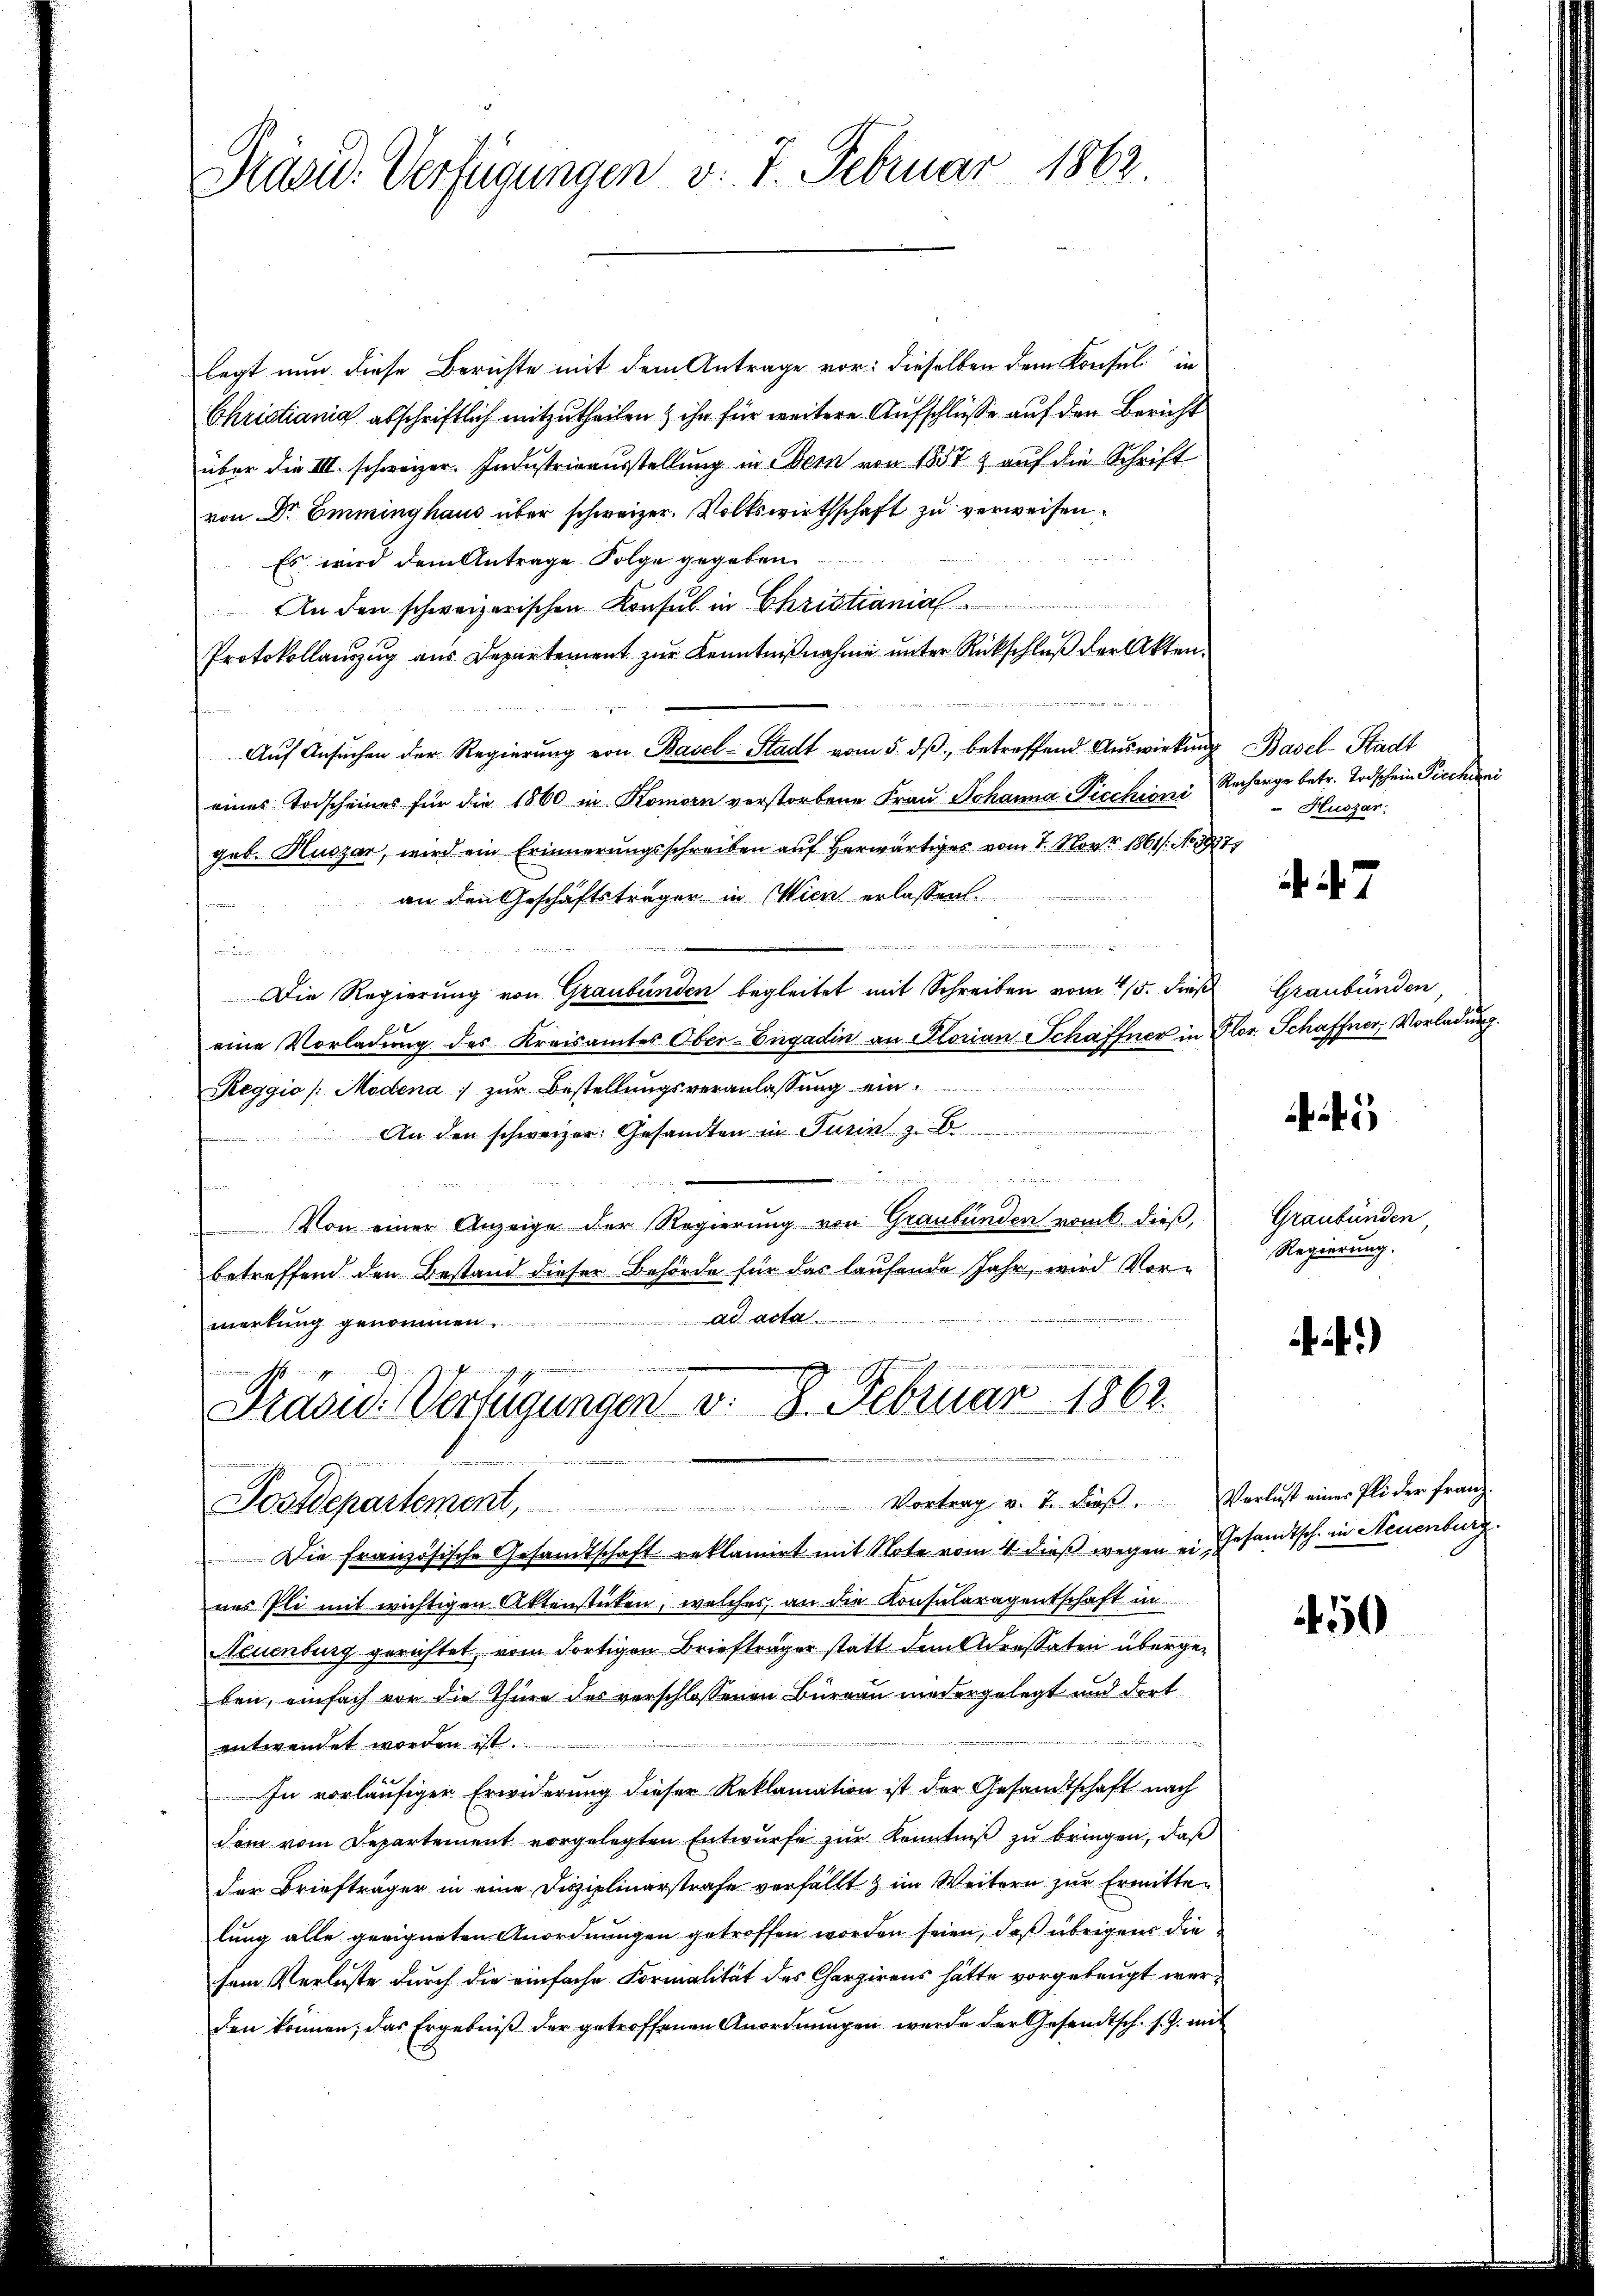
Prasid. Verfügungen v. 7. Februar 1862.

legt nun diese Berichte mit dem Antrage vor: dieselben dem Konsul in
Christiania abschriftlich mitzutheilen ihn für weitere Aufschlüsse auf den Bericht
über die III. schweizer. Industrieausstellung in Bern von 1857 auf die Schrift
von Dr Emminghaus über schweizer. Volkswirthschaft zu verweisen.
Es wird dem Antrage Folge gegeben.
An den schweizerischen Konsul in Christianial
Protokollauszug aus Departement zur Kenntnißnahme unter Rückschluß der Akten.
Aŭf Ansŭchen der Regierŭng von Basel-Stadt vom 5. dβ betreffend Auswirkung Basel-Stadt
eines Todscheines für die 1860 in Römern verstorbene Fraŭ Johanna Picchini Recharge betr. Todschein Piechini
geb. Huszar, wird ein Erinnerungsschreiben auf herwärtiges vom 1. Nov. 1861. No. 1817.
an den Geschäftsträger in Wien erlassen.
u
n
Die Regierung von Graubünden begleitet mit Schreiben vom 4/5. dieß Graubünden,
eine Vorladung des Kreisamtes Ober-Engadin an Florian Schaffner in Glor. Schaffner, Vorladung.
Reggio /: Modena zur Bestellungsveranlassung ein¬
An den schweizer Gesandten in Turin z. B.
 man sing hat durch der aus eing
Von einer Anzeige der Regierung von Graubünden vom 6. dieß,
betreffend den Bestand dieser Behörde für das laufende Jahr, wird Vor-
ad acta
merkung genommen
Präsid. Verfügungen v. 8. Februar 1862.
t
Vortrag v. J. dieβ. Verlust eines Pli der Franz-
Postdepartement,
Die französische Gesandtschaft reklamirt mit Note vom 4. dieβ wegen ein Gesandtsch. in Neuenburg
nes Pli mit wichtigen Aktenstücken, welches an die Konsularagentschaft in
Neuenburg gerichtet, vom dortigen Briefträger statt dem Adressaten übergeben, einfach vor die Thüre des verschlossenen Büreau niedergelegt und dort
entwendet worden ist ..........................
In vorläufiger Erwiderung dieser Reklamation ist der Gesandtschaft nach
dem vom Departement vorgelegten Entwurfe zur Kenntniß zu bringen, daß
der Briefträger in eine Disziplinarstrafe verfällt & im Weitern zur Ermittelung alle geeigneten Anordnungen getroffen worden seien, daß übrigen die
sem Verluste durch die einfache Formalität des Chargirens hätte vorgebeugt werden können; das Ergebniß der getroffenen Anordnungen werde der Gesandtsch. s. Z. mit

Huszar

7

5

Graubünden,
Regierung.

4)

450